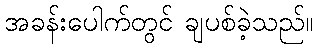
အခန်းပေါက်တွင် ချပစ်ခဲ့သည်။